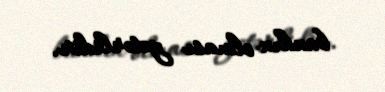
bankın olması yetərlidir.